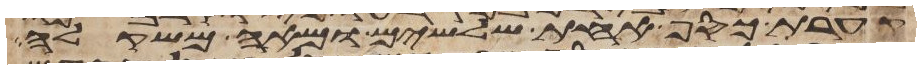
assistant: קערת כסף אחת שלשים ומאה משקלה